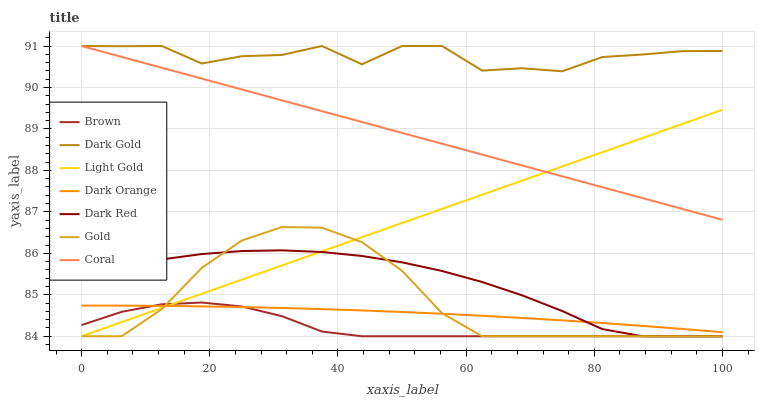
| xaxis_label | Brown | Dark Gold | Light Gold | Dark Orange | Dark Red | Gold | Coral |
 | --- | --- | --- | --- | --- | --- | --- | --- |
 | 0 | 84.3 | 91 | 84 | 84.7 | 85.4 | 84 | 91 |
 | 6.25 | 84.6 | 91 | 84.3 | 84.7 | 85.7 | 84 | 90.7 |
 | 12.5 | 84.8 | 91 | 84.7 | 84.7 | 85.9 | 84.7 | 90.5 |
 | 18.8 | 84.8 | 90.6 | 85 | 84.7 | 86 | 85.6 | 90.2 |
 | 25 | 84.7 | 90.8 | 85.4 | 84.7 | 86.1 | 86.3 | 90 |
 | 31.2 | 84.5 | 90.8 | 85.7 | 84.7 | 86.1 | 86.6 | 89.7 |
 | 37.5 | 84.1 | 91 | 86 | 84.7 | 86 | 86.6 | 89.4 |
 | 43.8 | 84 | 90.6 | 86.4 | 84.6 | 85.9 | 86.3 | 89.2 |
 | 50 | 84 | 91 | 86.7 | 84.6 | 85.8 | 85.6 | 88.9 |
 | 56.2 | 84 | 91 | 87.1 | 84.5 | 85.6 | 84.6 | 88.6 |
 | 62.5 | 84 | 90.4 | 87.4 | 84.5 | 85.3 | 84 | 88.4 |
 | 68.8 | 84 | 90.5 | 87.8 | 84.4 | 85 | 84 | 88.1 |
 | 75 | 84 | 90.4 | 88.1 | 84.4 | 84.6 | 84 | 87.9 |
 | 81.2 | 84 | 90.7 | 88.4 | 84.3 | 84.2 | 84 | 87.6 |
 | 87.5 | 84 | 90.8 | 88.8 | 84.3 | 84 | 84 | 87.3 |
 | 93.8 | 84 | 90.9 | 89.1 | 84.2 | 84 | 84 | 87.1 |
 | 100 | 84 | 90.9 | 89.5 | 84.1 | 84 | 84 | 86.8 |